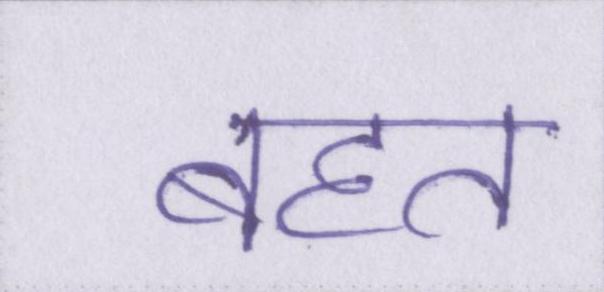
बहत